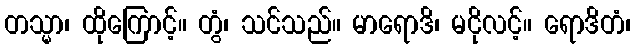
တသ္မာ၊ ထိုကြောင့်။ တွံ၊ သင်သည်။ မာရောဒိ၊ မငိုလင့်။ ရောဒိတံ၊